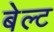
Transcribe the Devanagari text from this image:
बेल्‍ट